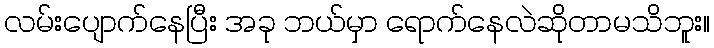
လမ်းပျောက်နေပြီး အခု ဘယ်မှာ ရောက်နေလဲဆိုတာမသိဘူး။